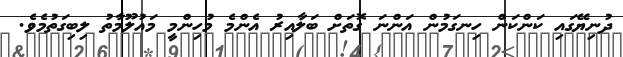
ދުނިޔޭގައި ކަންކަން ހިނގަމުން އަންނަ ގޮތަށް ބަލާއިރު އެންމެ މުހިންމީ މައުލޫމާތު ލިބިގަތުމެވެ.